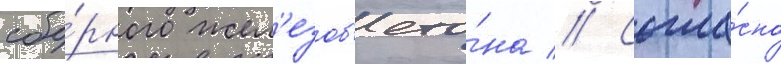
сбо́рного жел'езоб'ето́на // Согла́сно